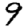
Digit: 9